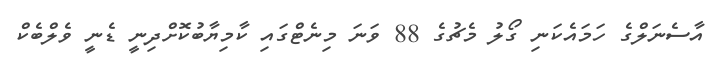
އާސެނަލްގެ ހަމައެކަނި ގޯލު މެޗުގެ 88 ވަނަ މިނެޓްގައި ކާމިޔާބުކޮށްދިނީ ޑެނީ ވެލްބެކް